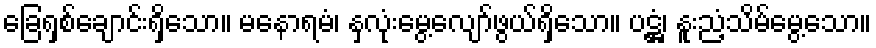
ခြေရှစ်ချောင်းရှိသော။ မနောရမံ၊ နှလုံးမွေ့လျော်ဖွယ်ရှိသော။ ပဋ္ဌံ၊ နူးညံ့သိမ်မွေ့သော။